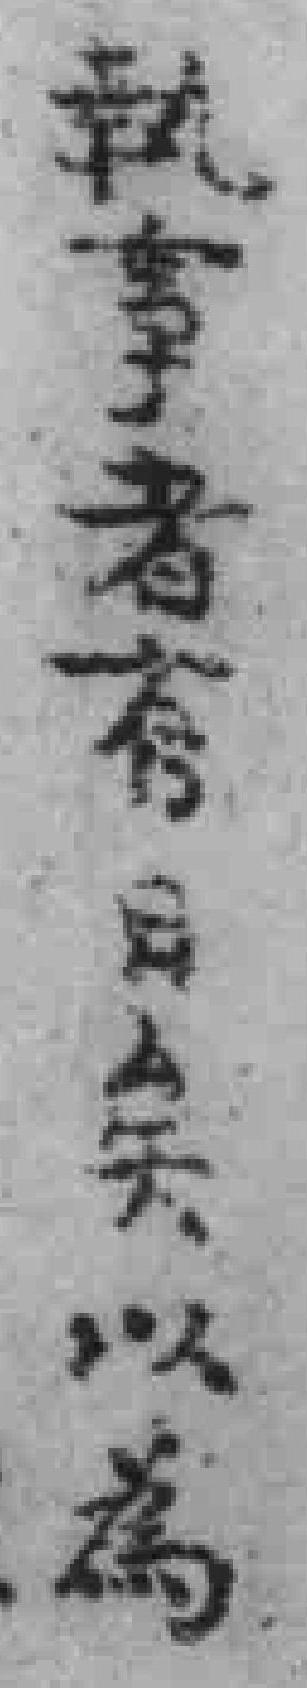
執事者有日矣以為